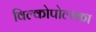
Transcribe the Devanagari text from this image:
विल्कोपोल्स्का